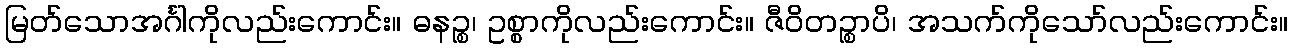
မြတ်သောအင်္ဂါကိုလည်းကောင်း။ ဓနဉ္စ၊ ဥစ္စာကိုလည်းကောင်း။ ဇီဝိတဉ္စာပိ၊ အသက်ကိုသော်လည်းကောင်း။